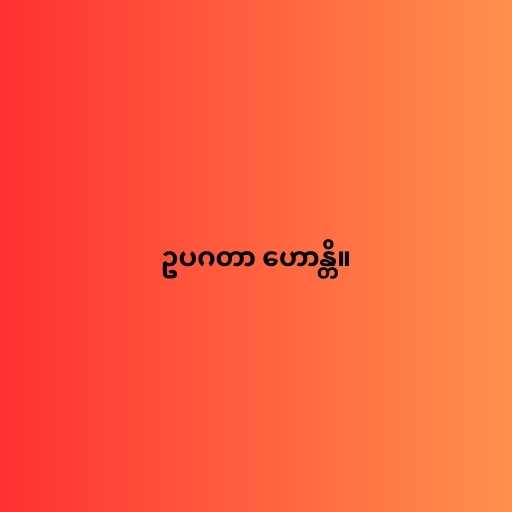
ဥပဂတာ ဟောန္တိ။